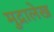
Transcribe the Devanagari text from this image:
मुद्रालेख